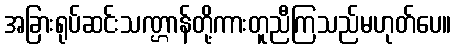
အခြားရုပ်ဆင်းသဏ္ဌာန်တို့ကားတူညီကြသည်မဟုတ်ပေ။